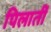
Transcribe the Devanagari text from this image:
पिलातीं